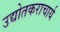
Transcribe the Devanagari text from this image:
उद्योतकराचार्य